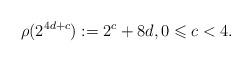
LaTeX: \begin{align*}\rho(2^{4 d + c}) &:= 2^c + 8 d, 0 \leqslant c < 4.\end{align*}